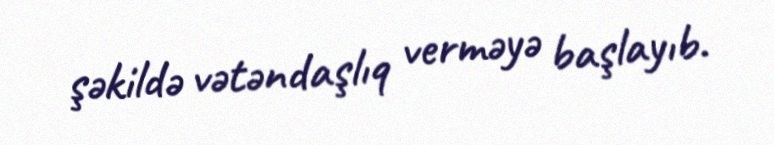
şəkildə vətəndaşlıq verməyə başlayıb.